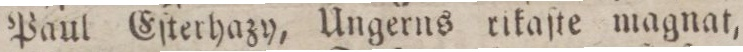
Paul Eſterhazy, Ungerns rikaſte magnat,